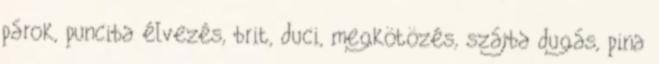
párok, punciba élvezés, brit, duci, megkötözés, szájba dugás, pina